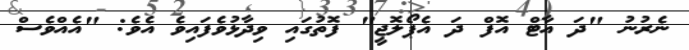
ނެރުނު "ދަ އާޓް އޮފް ދަ އެޕޯލޮޖީ" ފޮތުގައި ވިދާޅުވެފައިވެ އެވެ: "އެއްވެސް